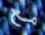
مع